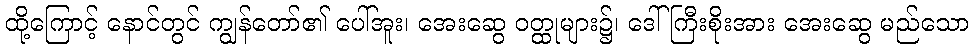
ထို့ကြောင့် နောင်တွင် ကျွန်တော်၏ ပေါ်အူး၊ အေးဆွေ ဝတ္ထုများ၌၊ ဒေါ်ကြီးစိုးအား အေးဆွေ မည်သော